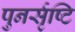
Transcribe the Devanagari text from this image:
पुनर्सृष्टि